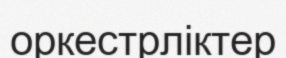
оркестрліктер